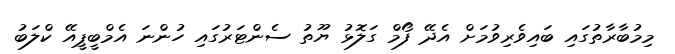
މިމުބާރާތުގައި ބައިވެރިވުމަށް އެދޭ ފޯމް ގަލޮޅު ޔޫތު ސެންޓަރުގައި ހުންނަ އެމްބީޕީއޭ ކްލަބު